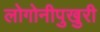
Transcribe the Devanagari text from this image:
लोगोनीपुखुरी